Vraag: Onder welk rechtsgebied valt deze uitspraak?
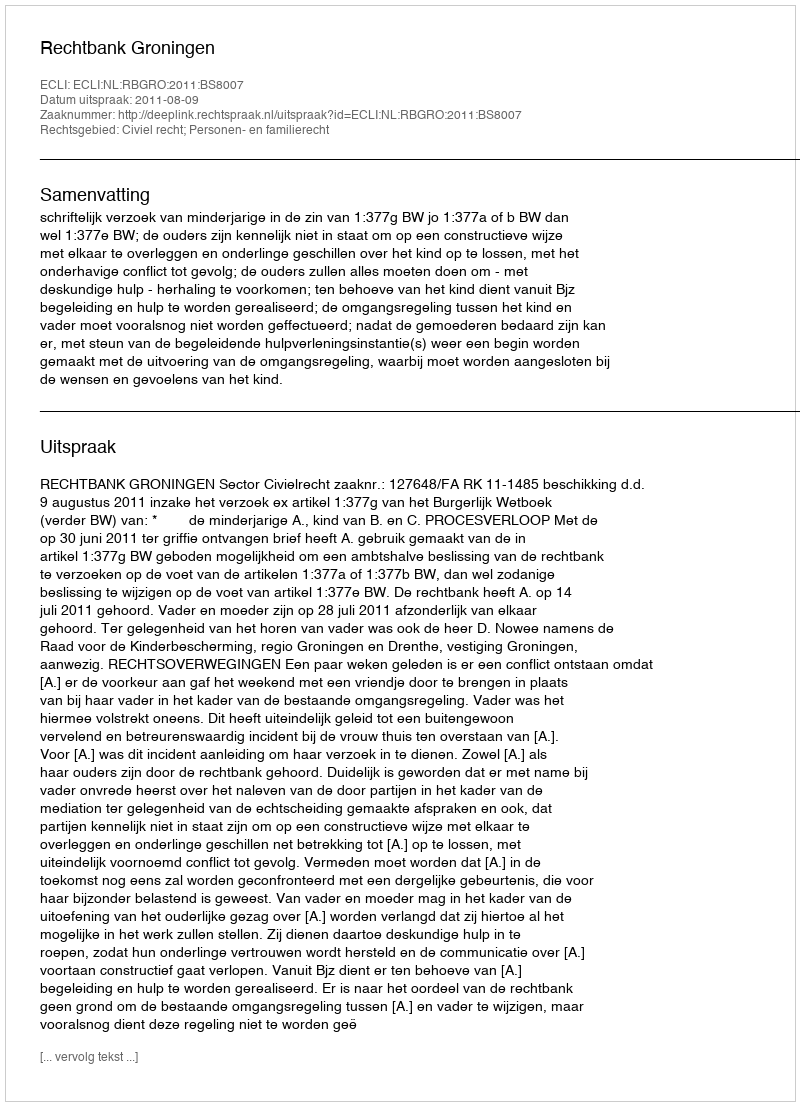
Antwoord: Civiel recht; Personen- en familierecht